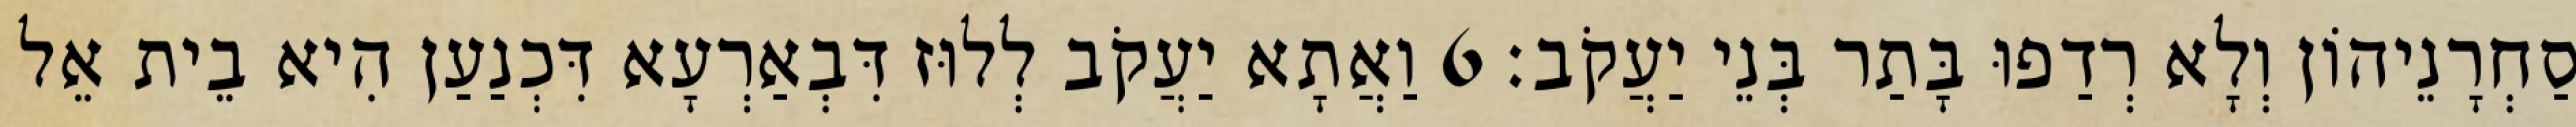
סַחְרָנֵיהוֹן וְלָא רְדַפוּ בָּתַר בְּנֵי יַעֲקֹב׃ 6 וַאֲתָא יַעֲקֹב לְלוּז דִּבְאַרְעָא דִּכְנַעַן הִיא בֵית אֵל